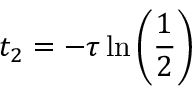
t _ { 2 } = - \tau \ln \left( \frac { 1 } { 2 } \right)